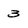
Character: 3